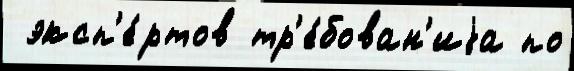
 эксп'е́ртов тр'е́бован'иjа по